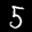
Label: 5